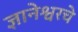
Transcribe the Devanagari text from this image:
ज्ञानेश्वरचे